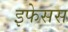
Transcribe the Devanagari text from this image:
इफेसस